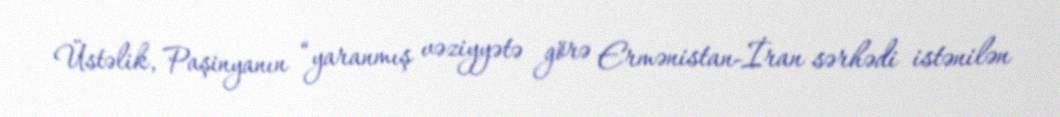
Üstəlik, Paşinyanın “yaranmış vəziyyətə görə Ermənistan-İran sərhədi istənilən